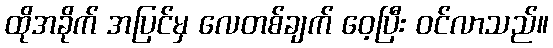
ထိုအခိုက် အပြင်မှ လေတစ်ချက် ဝေ့ပြီး ဝင်လာသည်။